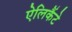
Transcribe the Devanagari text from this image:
ऐलिकैंटे